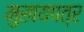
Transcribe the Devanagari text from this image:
मुखयपत्र